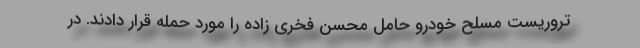
تروریست مسلح خودرو حامل محسن فخری زاده را مورد حمله قرار دادند. در